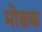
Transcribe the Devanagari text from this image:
माेडक